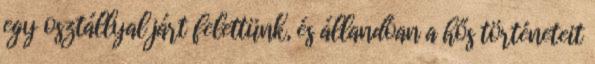
egy osztállyal járt felettünk, és állandóan a hős történeteit